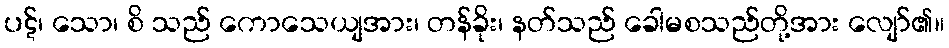
ပဋ်၊ သော၊ စိ သည် ကောသေယျအား၊ တန်ခိုး၊ နတ်သည် ခေါမစသည်တို့အား လျော်၏။